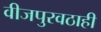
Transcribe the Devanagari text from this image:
वीजपुरवठाही